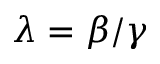
\lambda = \beta / \gamma